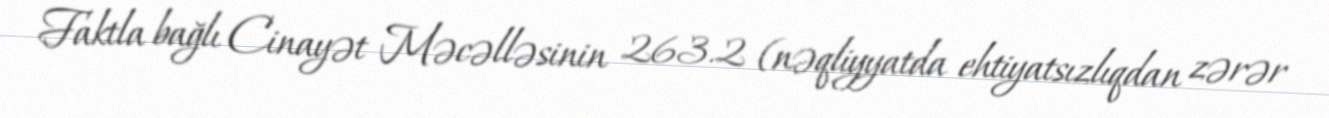
Faktla bağlı Cinayət Məcəlləsinin 263.2 (nəqliyyatda ehtiyatsızlıqdan zərər